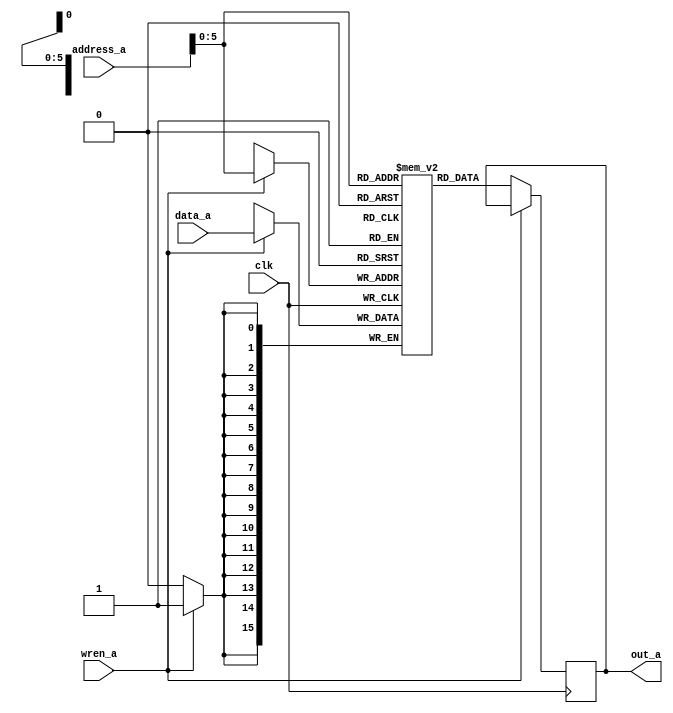
`define SIMULATION_MEMORY
`define ARRAY_DEPTH 64      //Number of Hidden neurons
`define INPUT_DEPTH 100	    //LSTM input vector dimensions
`define DATA_WIDTH 16		//16 bit representation
`define INWEIGHT_DEPTH 6400 //100x64
`define HWEIGHT_DEPTH 4096  //64x64
`define varraysize 1600   //100x16
`define uarraysize 1024  //64x16

module spram_b (	
input clk,
input [(7-1):0] address_a,
input  wren_a,
input [(`DATA_WIDTH-1):0] data_a,
output reg [(`DATA_WIDTH-1):0] out_a
);


`ifdef SIMULATION_MEMORY

reg [`DATA_WIDTH-1:0] ram[`ARRAY_DEPTH-1:0];

always @ (posedge clk) begin 
  if (wren_a) begin
      ram[address_a] <= data_a;
  end
  else begin
      out_a <= ram[address_a];
  end
end
  

`else

single_port_ram u_single_port_ram(
.addr(address_a),
.we(wren_a),
.data(data_a),
.out(out_a),
.clk(clk)
);

`endif

endmodule